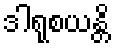
ဒါရုစယန္တိ